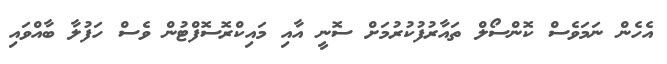
އެހެން ނަމަވެސް ކޮންސޯލް ތައާރުފުކުރުމަށް ސޮނީ އާއި މައިކްރޮސޮފްޓުން ވެސް ހަފުލާ ބާއްވައި